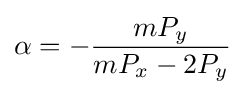
\alpha =-{\frac {mP_{y}}{mP_{x}-2P_{y}}}